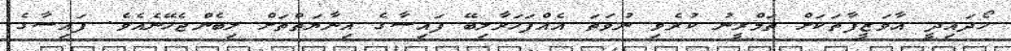
ހޯދައިދީ އާވަޒީފާތަކަށް ތަމްރީނު ކުރެވި ނުވަތަ އެއްފަހަރާލިބޭ ފައިސާގެ އިނާޔަތްތަށް ލިބެންޖެހޭނެއެވެ. ފައިސާގެ